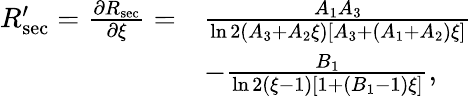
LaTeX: \begin{array}{rl}{R_{\mathrm{sec}}^{\prime}=\frac{\partial R_{\mathrm{sec}}}{\partial\xi}=}&{\frac{A_{1}A_{3}}{\ln 2(A_{3}+A_{2}\xi)[A_{3}+(A_{1}+A_{2})\xi]}}\\ &{-\frac{B_{1}}{\ln 2(\xi-1)[1+(B_{1}-1)\xi]},}\end{array}